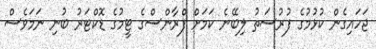
ޖަހައިގެން ކުޅުމުގެ ފުރުސަތު ލިބޭނެ ކަމަށް ފްރާންސްގެ ޓީމުގެ ޑޮކްޓަރު ބުނި ނަމަވެސް